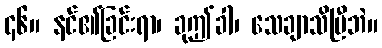
၄၆။ နင်၏ခြင်းရာ၊ ခုဤခါ၊ သေချာသိပြီဘဲ။